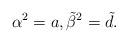
LaTeX: \begin{align*}\alpha ^{2}=a,\tilde{\beta}^{2}=\tilde{d}.\end{align*}